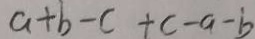
a + b - c + c - a - b